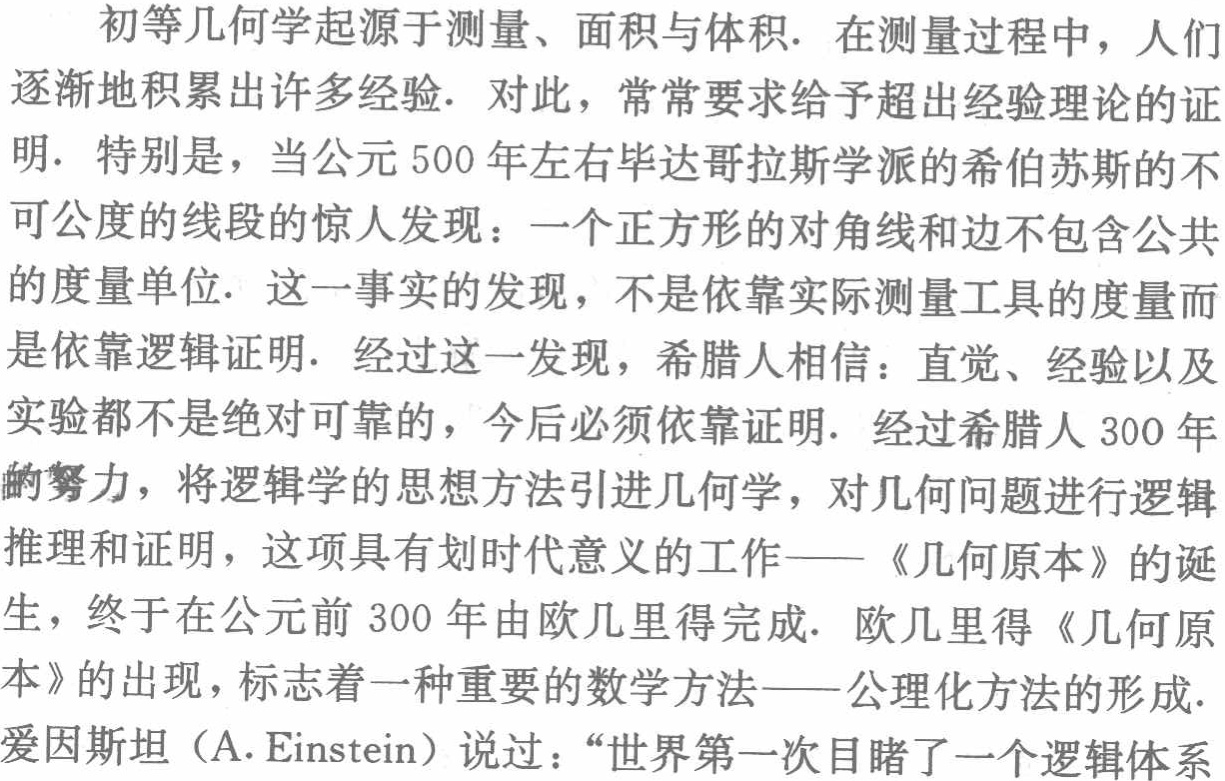
初等几何学起源于测量、面积与体积. 在测量过程中，人们逐渐地积累出许多经验. 对此，常常要求给予超出经验理论的证明. 特别是，当公元500年左右毕达哥拉斯学派的希伯苏斯的不可公度的线段的惊人发现：一个正方形的对角线和边不包含公共的度量单位. 这一事实的发现，不是依靠实际测量工具的度量而是依靠逻辑证明. 经过这一发现，希腊人相信：直觉、经验以及实验都不是绝对可靠的，今后必须依靠证明. 经过希腊人300年的努力，将逻辑学的思想方法引进几何学，对几何问题进行逻辑推理和证明，这项具有划时代意义的工作——《几何原本》的诞生，终于在公元前300年由欧几里得完成. 欧几里得《几何原本》的出现，标志着一种重要的数学方法——公理化方法的形成. 爱因斯坦（A. Einstein）说过：“世界第一次目睹了一个逻辑体系